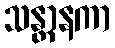
သန္တာနကာ